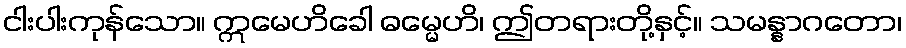
ငါးပါးကုန်သော။ ဣမေဟိခေါ ဓမ္မေဟိ၊ ဤတရားတို့နှင့်။ သမန္နာဂတော၊